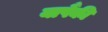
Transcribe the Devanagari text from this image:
यापैंकी